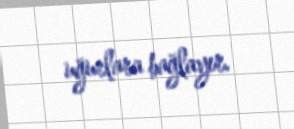
uğurlara bağlayır.